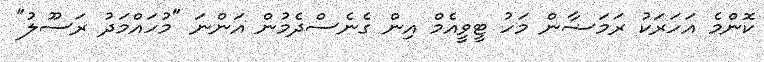
ކޮންމެ އަހަރަކު ރަމަޟާން މަހު ޓީވީއެމް އިން ގެނެސްދެމުން އަންނަ "މުހައްމަދު ރަސޫލު"